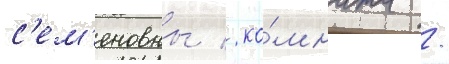
с'ем'еновны / ко́мната /